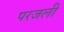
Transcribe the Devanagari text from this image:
परजली